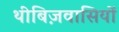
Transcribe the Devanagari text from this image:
थीबिज़वासियों